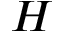
H